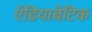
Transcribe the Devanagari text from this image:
ऍडियाबेटिक